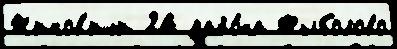
Жиков'ичи 24 райо́на Рыболово